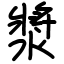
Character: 漿